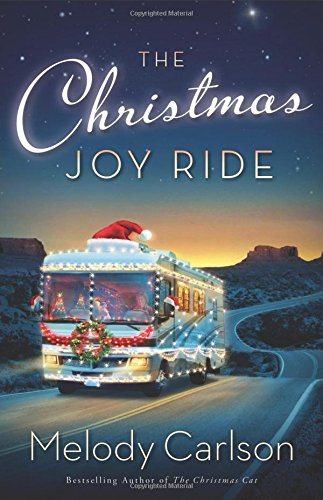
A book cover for The Christmas Joy Ride; Melody Carlson; Romance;